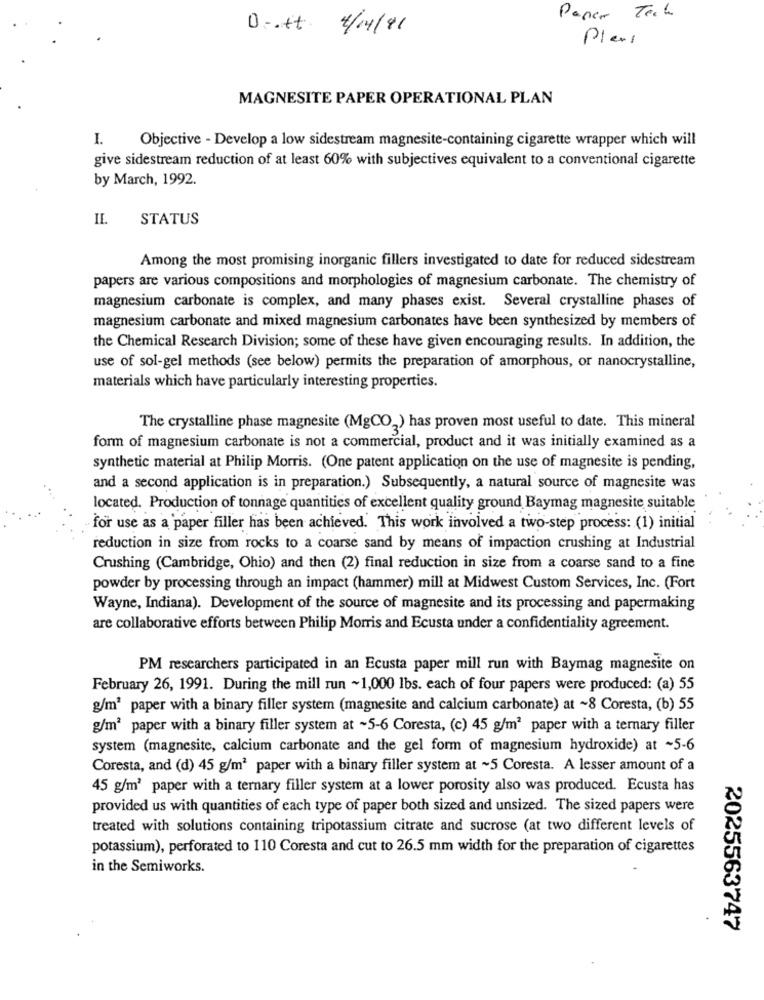
Paper Tech
D -. it : 4/14/91
Plers
MAGNESITE PAPER OPERATIONAL PLAN
I.
Objective - Develop a low sidestream magnesite-containing cigarette wrapper which will
give sidestream reduction of at least 60% with subjectives equivalent to a conventional cigarette
by March, 1992.
IL.
STATUS
Among the most promising inorganic fillers investigated to date for reduced sidestream
papers are various compositions and morphologies of magnesium carbonate. The chemistry of
magnesium carbonate is complex, and many phases exist. Several crystalline phases of
magnesium carbonate and mixed magnesium carbonates have been synthesized by members of
the Chemical Research Division; some of these have given encouraging results. In addition, the
use of sol-gel methods (see below) permits the preparation of amorphous, or nanocrystalline,
materials which have particularly interesting properties.
The crystalline phase magnesite (MgCO2) has proven most useful to date. This mineral
form of magnesium carbonate is not a commercial, product and it was initially examined as a
synthetic material at Philip Morris. (One patent application on the use of magnesite is pending,
and a second application is in preparation.) Subsequently, a natural source of magnesite was
located. Production of tonnage quantities of excellent quality ground Baymag magnesite suitable
for use as a paper filler has been achieved. This work involved a two-step process: (1) initial
reduction in size from rocks to a coarse sand by means of impaction crushing at Industrial
Crushing (Cambridge, Ohio) and then (2) final reduction in size from a coarse sand to a fine
powder by processing through an impact (hammer) mill at Midwest Custom Services, Inc. (Fort
Wayne, Indiana). Development of the source of magnesite and its processing and papermaking
are collaborative efforts between Philip Morris and Ecusta under a confidentiality agreement.
PM researchers participated in an Ecusta paper mill run with Baymag magnesite on
February 26, 1991. During the mill run ~1,000 lbs. each of four papers were produced: (a) 55
g/m3 paper with a binary filler system (magnesite and calcium carbonate) at ~8 Coresta, (b) 55
g/m2 paper with a binary filler system at ~5-6 Coresta, (c) 45 g/m2 paper with a ternary filler
system (magnesite, calcium carbonate and the gel form of magnesium hydroxide) at ~5-6
Coresta, and (d) 45 g/m2 paper with a binary filler system at ~5 Coresta. A lesser amount of a
45 g/m3 paper with a ternary filler system at a lower porosity also was produced. Ecusta has
provided us with quantities of each type of paper both sized and unsized. The sized papers were
treated with solutions containing tripotassium citrate and sucrose (at two different levels of
potassium), perforated to 110 Coresta and cut to 26.5 mm width for the preparation of cigarettes
in the Semiworks.
2025563747